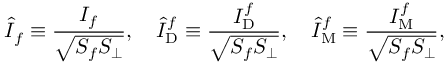
\hat { I } _ { f } \equiv \frac { I _ { f } } { \sqrt { S _ { f } S _ { \perp } } } , \quad \hat { I } _ { \mathrm { D } } ^ { f } \equiv \frac { I _ { \mathrm { D } } ^ { f } } { \sqrt { S _ { f } S _ { \perp } } } , \quad \hat { I } _ { \mathrm { M } } ^ { f } \equiv \frac { I _ { \mathrm { M } } ^ { f } } { \sqrt { S _ { f } S _ { \perp } } } ,